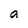
Character: a